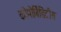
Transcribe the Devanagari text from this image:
कोमोर्बिडिटीस